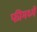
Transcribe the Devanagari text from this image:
फीमध्ये